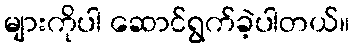
များကိုပါ ဆောင်ရွက်ခဲ့ပါတယ်။